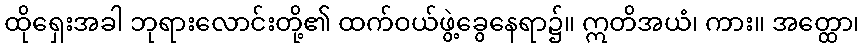
ထိုရှေးအခါ ဘုရားလောင်းတို့၏ ထက်ဝယ်ဖွဲ့ခွေနေရာ၌။ ဣတိအယံ၊ ကား။ အတ္ထော၊